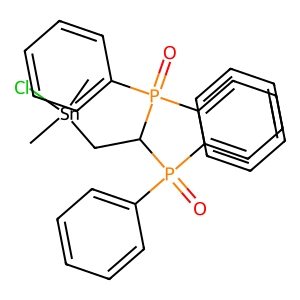
SMILES: C[Sn](C)(Cl)CC(P(=O)(c1ccccc1)c1ccccc1)P(=O)(c1ccccc1)c1ccccc1
Inhibits HIV replication: No